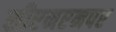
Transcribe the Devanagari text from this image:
सीएनएनपर